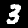
Label: 3